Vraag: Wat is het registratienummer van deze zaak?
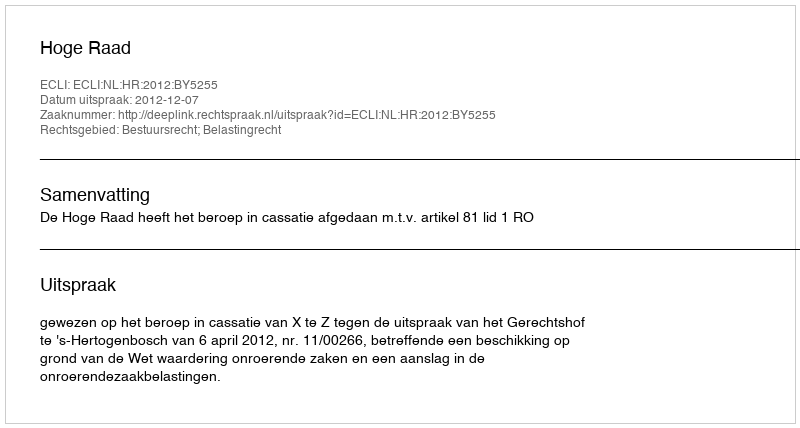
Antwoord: http://deeplink.rechtspraak.nl/uitspraak?id=ECLI:NL:HR:2012:BY5255